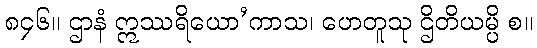
၈၄၆။ ဌာနံ ဣဿရိယော’ကာသ၊ ဟေတူသု ဌိတိယမ္ပိ စ။